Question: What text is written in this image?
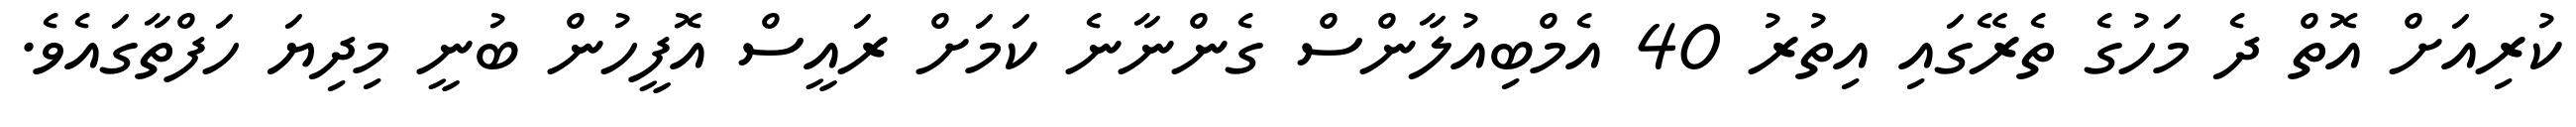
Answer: ކުރިއަށް އޮތް ދެ މަހުގެ ތެރޭގައި އިތުރު 40 އެމްބިއުލާންސް ގެންނާނެ ކަމަށް ރައީސް އޮފީހުން ބުނީ މިދިޔަ ހަފްތާގައެވެ.